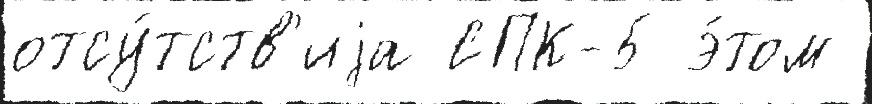
отсу́тств'иjа СПК-5 э́том